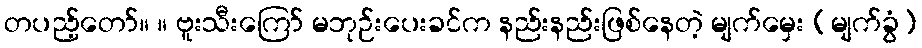
တပည့်တော်။ ။ ဗူးသီးကြော် မဘုဉ်းပေးခင်က နည်းနည်းဖြစ်နေတဲ့ မျက်မှေး (မျက်ခွံ)